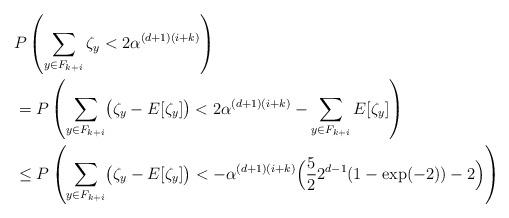
LaTeX: \begin{align*}&P\left(\sum_{y\in F_{k+i}}\zeta_y<2\alpha^{(d+1)(i+k)}\right)\\&=P\left(\sum_{y\in F_{k+i}}\bigl(\zeta_y-E[\zeta_y]\bigr)<2\alpha^{(d+1)(i+k)}-\sum_{y\in F_{k+i}}E[\zeta_y]\right)\\&\leq P\left(\sum_{y\in F_{k+i}}\bigl(\zeta_y-E[\zeta_y]\bigr)<-\alpha^{(d+1)(i+k)}\Bigl(\frac{5}{2}2^{d-1}(1-\exp(-2))-2\Bigr)\right)\end{align*}